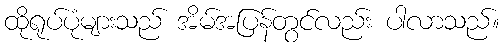
ထိုရုပ်ပုံများသည် အိမ်အပြန်တွင်လည်း ပါလာသည်။